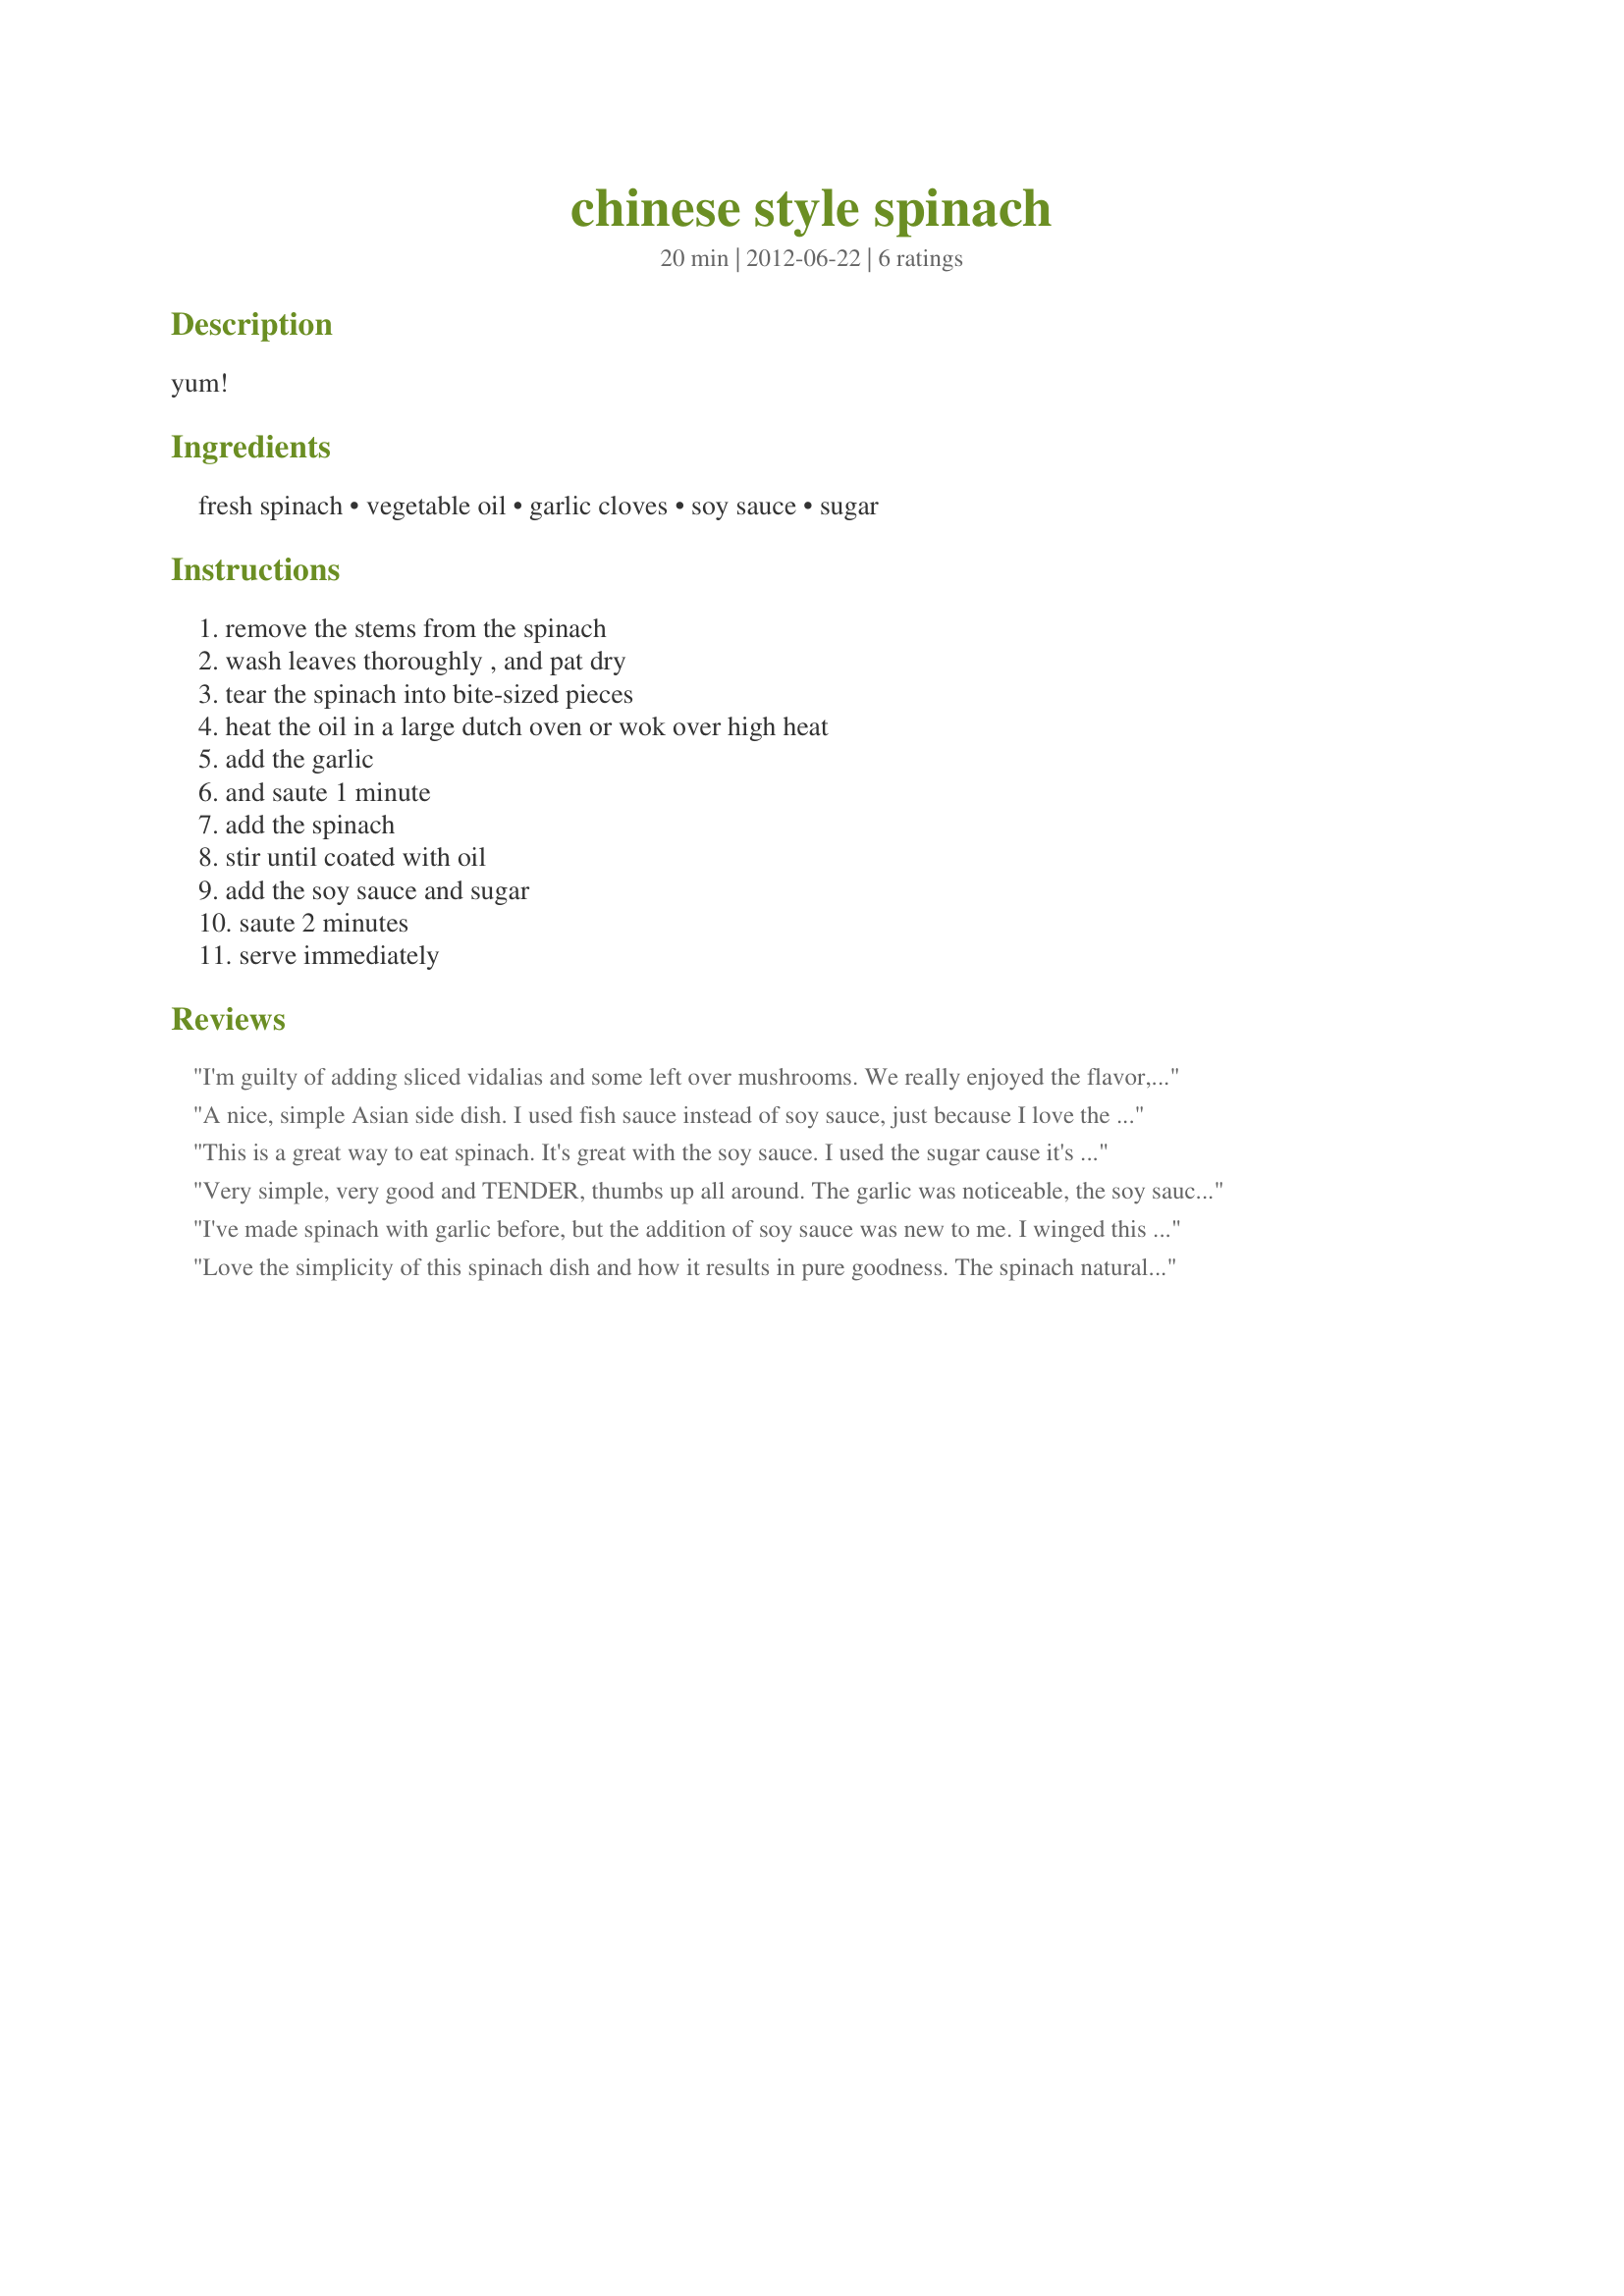
chinese style spinach
Preparation time: 20 minutes

yum!

Ingredients:
fresh spinach, vegetable oil, garlic cloves, soy sauce, sugar

Steps:
remove the stems from the spinach, wash leaves thoroughly , and pat dry, tear the spinach into bite-sized pieces, heat the oil in a large dutch oven or wok over high heat, add the garlic, and saute 1 minute, add the spinach, stir until coated with oil, add the soy sauce and sugar, saute 2 minutes, serve immediately

Reviews:
I'm guilty of adding sliced vidalias and some left over mushrooms. We really enjoyed the flavor, the soy sauce gave a unique taste. The spinach I used was rather old and seemed tough so I will try this again using that baby spinach. Thanks.
A nice, simple Asian side dish. I used fish sauce instead of soy sauce, just because I love the stuff. The twist worked well for me. The spinach tasted great alongside the Thai chicken I made!! [Made and reviewed for PRMR]
This is a great way to eat spinach. It's great with the soy sauce. I used the sugar cause it's not a lot. Thanks Lynette :) Made for Photo tag game
Very simple, very good and TENDER, thumbs up all around. The garlic was noticeable, the soy sauce and sugar not so much. DH and stepson said, "You ARE going to make this again, aren't you!" Used the 14" wok and the 2.5 lb pack of fresh spinach from Costco, and had to add the fresh spinach in stages. Three people left NO leftovers. Next time, I will use the 16" wok. Personally, I would like more soy sauce next time. I did not have the patience to remove all the stems from my pre-washed spinach leaves, and I was happy with the result. Made for Summer Photo Tag game.
I've made spinach with garlic before, but the addition of soy sauce was new to me. I winged this a bit, as I was making just enough for me - perhaps 6 oz of fresh spinach, 2 cloves of garlic, and just a few drops of soy sauce - but you could tell it was there. Forgot about the sugar, will have to try that next time. A delicious side dish for literally just a few minutes of effort.
Love the simplicity of this spinach dish and how it results in pure goodness. The spinach natural flavor really comes through and it makes for a great side. Thank you breezermom for sharing.
